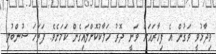
ވިދާޅުވީ ވަގުން އެ ފިހާރައަށް ވަނީ ދޮރު ހަލާކުކޮށްލައިގެން ކަމަށެވެ. ފަތަހަ ސުންބުލި